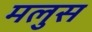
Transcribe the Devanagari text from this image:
मलुस